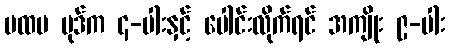
ပထမ ပုဒ်က ၄-ပါးနှင့် ပေါင်းလိုက်ရင် အကျိုး ၉-ပါး